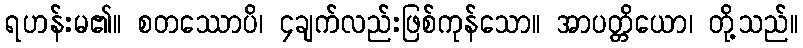
ရဟန်းမ၏။ စတဿောပိ၊ ၄ချက်လည်းဖြစ်ကုန်သော။ အာပတ္တိယော၊ တို့သည်။